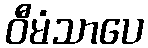
ဝီမံသာပေ